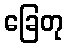
ခြေတု